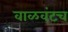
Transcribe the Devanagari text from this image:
वाळवंटच